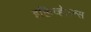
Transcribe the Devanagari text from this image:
इक्विव्हॅलन्स